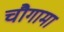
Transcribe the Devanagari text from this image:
चौगामा